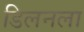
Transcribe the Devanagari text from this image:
डिलनला